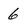
Character: 6